Vaccination in the Punjab 1897-1904 - 1897-1904
Year: 1897
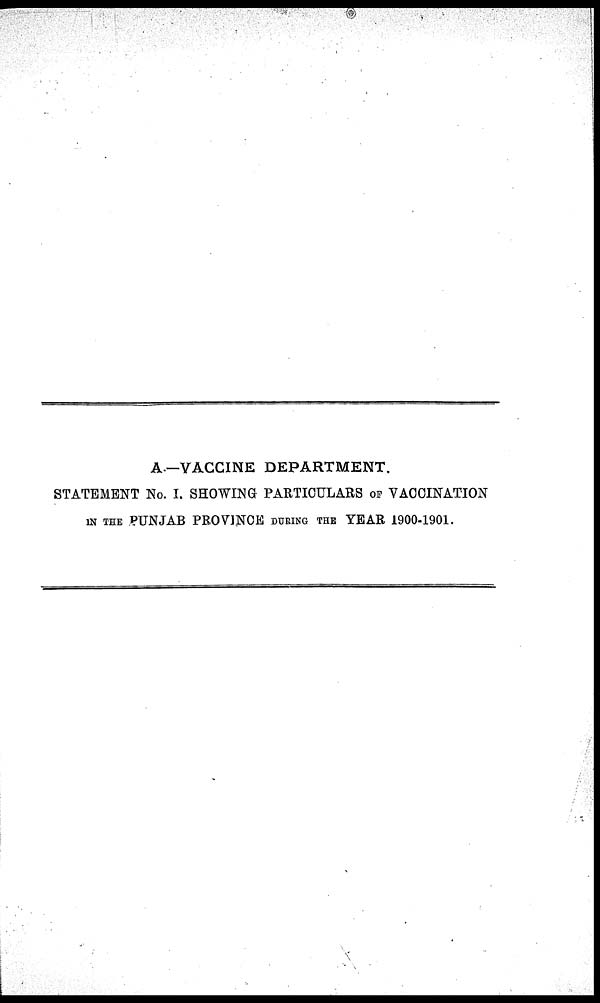
A.—VACCINE DEPARTMENT.
STATEMENT No. I. SHOWING PARTICULARS OF VACCINATION
IN THE PUNJAB PROVINCE DURING THE YEAR 1900-1901.